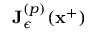
{ \mathbf { J } _ { \epsilon } ^ { \left( p \right) } } ( \mathbf { x } ^ { + } )